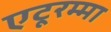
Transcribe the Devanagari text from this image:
एटूरम्मा